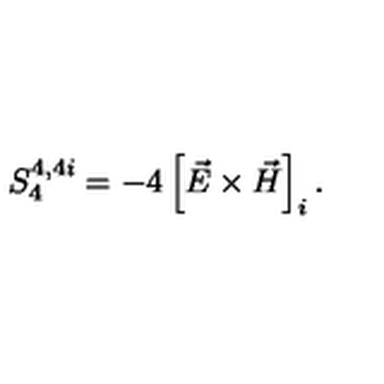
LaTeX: S _ { 4 } ^ { 4 , 4 i } = - 4 \left[ \vec { E } \times \vec { H } \right] _ { i } .